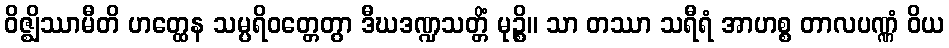
ဝိဇ္ဈိဿာမီတိ ဟတ္ထေန သမ္ပရိဝတ္တေတွာ ဒီဃဒဏ္ဍသတ္တိံ မုဉ္စိ။ သာ တဿာ သရီရံ အာဟစ္စ တာလပဏ္ဏံ ဝိယ